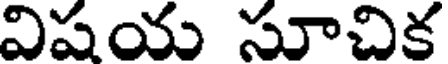
విషయ సూచిక